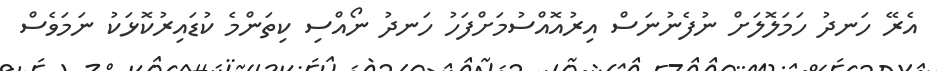
އެރޭ ހަނދު ހަމަލޮލަށް ނުފެނުނަސް އިރުއޮއްސުމަށްފަހު ހަނދު ނޯއްސި ކިތަންމެ ކުޑައިރުކޮޅަކު ނަމަވެސް